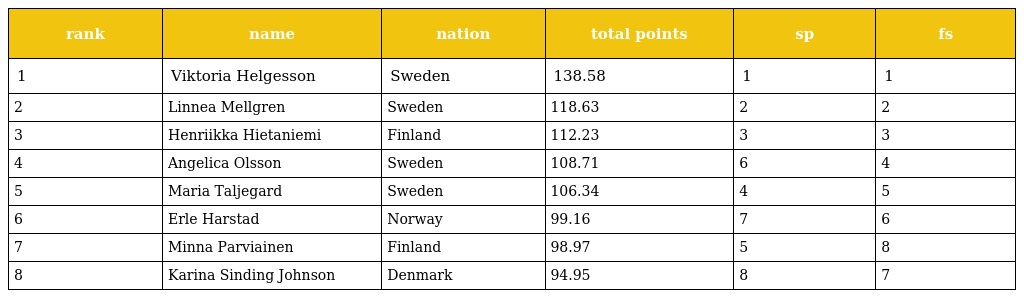
| rank | name | nation | total points | sp | fs |
 | --- | --- | --- | --- | --- | --- |
 | 1 | Viktoria Helgesson | Sweden | 138.58 | 1 | 1 |
 | 2 | Linnea Mellgren | Sweden | 118.63 | 2 | 2 |
 | 3 | Henriikka Hietaniemi | Finland | 112.23 | 3 | 3 |
 | 4 | Angelica Olsson | Sweden | 108.71 | 6 | 4 |
 | 5 | Maria Taljegard | Sweden | 106.34 | 4 | 5 |
 | 6 | Erle Harstad | Norway | 99.16 | 7 | 6 |
 | 7 | Minna Parviainen | Finland | 98.97 | 5 | 8 |
 | 8 | Karina Sinding Johnson | Denmark | 94.95 | 8 | 7 |